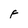
Character: F